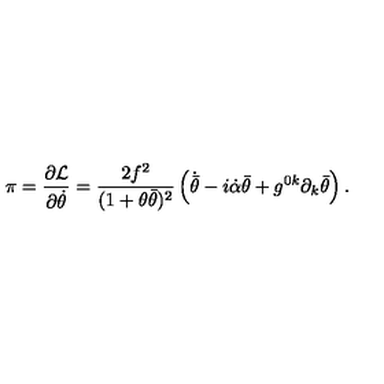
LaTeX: \pi = \frac { \partial { \cal L } } { \partial \dot { \theta } } = \frac { 2 f ^ { 2 } } { ( 1 + \theta \bar { \theta } ) ^ { 2 } } \left( \dot { \bar { \theta } } - i \dot { \alpha } \bar { \theta } + g ^ { 0 k } \partial _ { k } \bar { \theta } \right) .